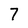
Character: 7